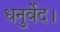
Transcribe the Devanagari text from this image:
धनुर्वेद।